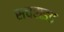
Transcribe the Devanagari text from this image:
सचराइड